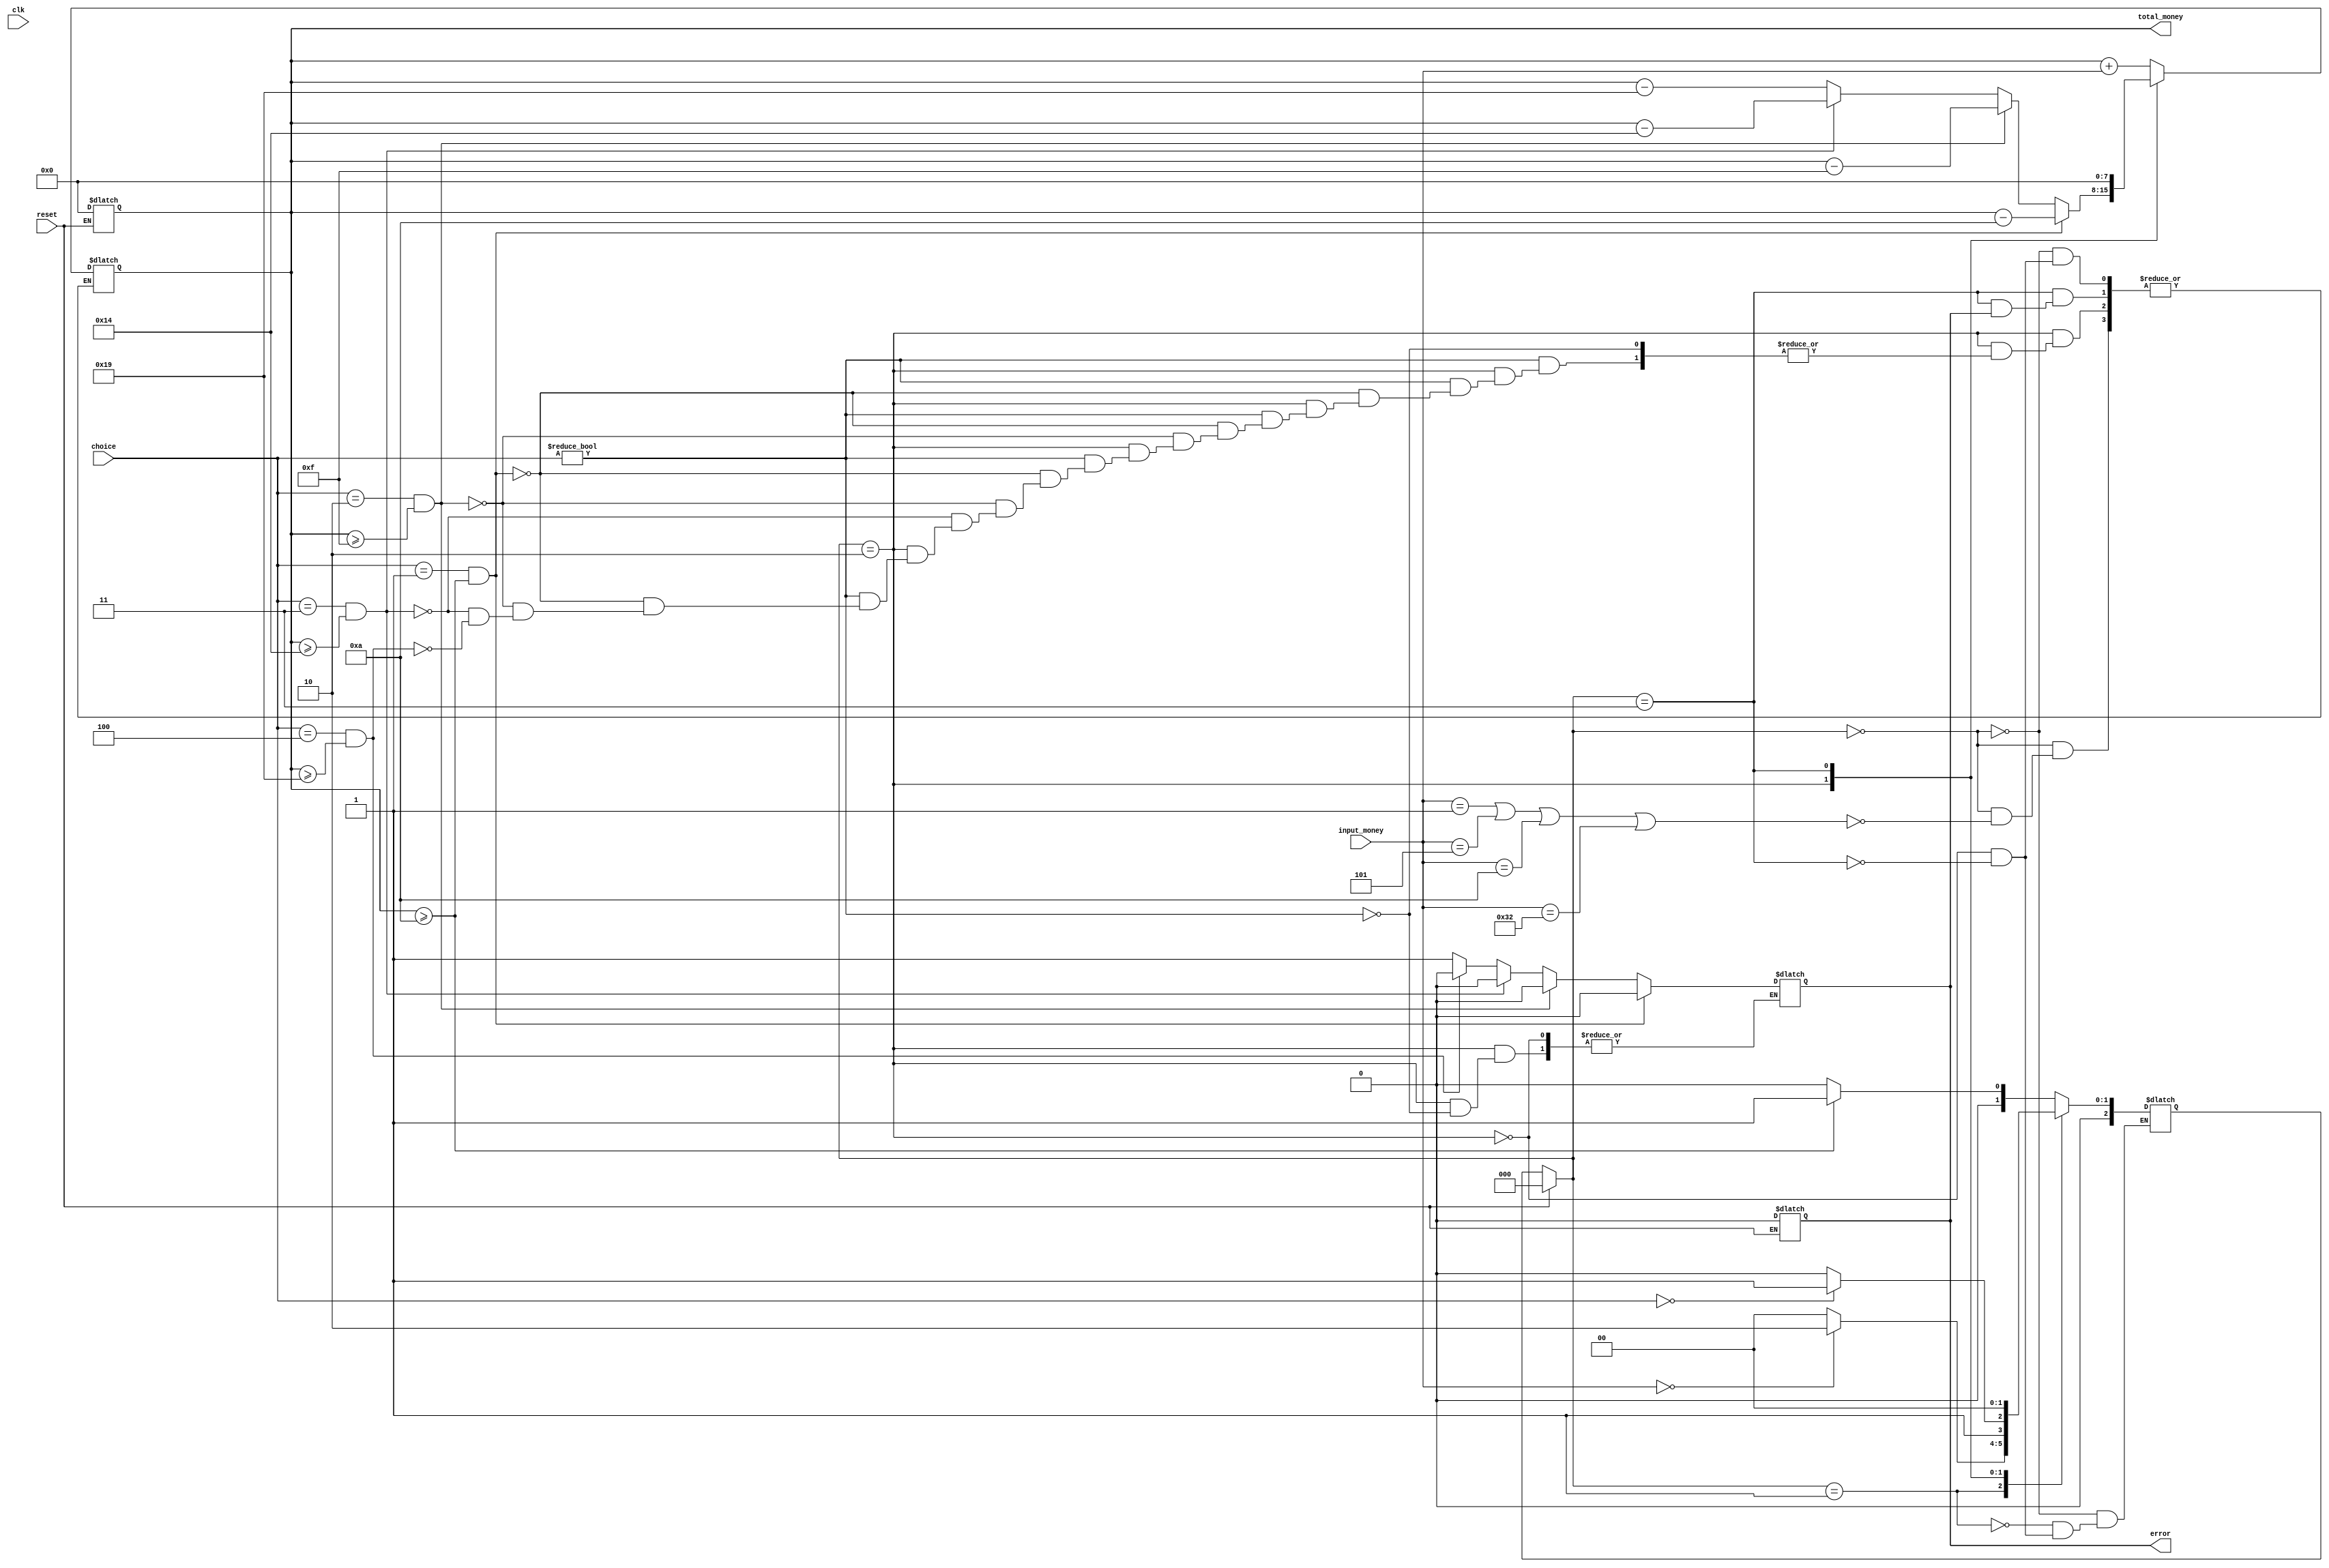
module Vending( clk, reset, input_money, choice, total_money, error ) ;

input clk, reset;
input [7:0] input_money ;
input [2:0] choice ;
output [7:0] total_money ;
output error ;

reg [7:0] money ;
reg [2:0] state ;
reg [2:0] next_state ;
reg [7:0] total_money ;
reg error ;
parameter S0 = 0, S1 = 1, S2 = 2, S3 = 3 ;

always @ ( clk or reset )
begin
  if ( reset )
  begin
	state = S0 ;
	total_money = 0 ;
	error = 0 ;
  end
  
  else
	  state = next_state ;
end

always @ ( state or input_money or choice )
begin
	case( state )
		S0:
		begin
			if( input_money == 1 || input_money == 5 || input_money == 10 || input_money == 50 )
			begin
				total_money = total_money + input_money ;
        
				if( total_money < 10 && total_money > 0 )     // lowest price
					$display( "coin: %d,	total %d dollars", input_money, total_money ) ;
			end
			
			else if( input_money != 0 )
				$display( "error coin: %d", input_money ) ;

		end
		
		S1:
		begin
			if( total_money >= 25 && input_money != 0 )
				$display( "coin: %d,	total %d dollars	tea | coke | coffee | milk", input_money , total_money ) ;
			else if( total_money >= 20 && input_money != 0 )
				$display( "coin: %d,	total %d dollars	tea | coke | coffee", input_money , total_money ) ;
			else if( total_money >= 15 && input_money != 0 )
				$display( "coin: %d,	total %d dollars	tea | coke", input_money , total_money ) ;
			else if( total_money >= 10 && input_money != 0 )
				$display( "coin: %d,	total %d dollars	tea", input_money , total_money ) ;
		end
		
		S2:
		begin
			if( choice != 0 )
			begin
				if( choice == 1 && total_money >= 10 )
				begin
					total_money = total_money - 10 ;
					$display( "tea out" ) ;
					error = 0 ;
				end
				
				else if( choice == 2 && total_money >= 15 )
				begin
					total_money = total_money - 15 ;
					$display( "coke out" ) ;
					error = 0 ;
				end
				
				else if( choice == 3 && total_money >= 20 )
				begin
					total_money = total_money - 20 ;
					$display( "coffee out" ) ;
					error = 0 ;
				end
				
				else if( choice == 4 && total_money >= 25 )
				begin
					total_money = total_money - 25 ;
					$display( "milk out" ) ;
					error = 0 ;
				end
				
				else
				begin
					if( total_money >= 25 )
						$display( "Not enough money		total %d dollars	tea | coke | coffee | milk", total_money ) ;
					else if( total_money >= 20 )
						$display( "Not enough money		total %d dollars	tea | coke | coffee", total_money ) ;
					else if( total_money >= 15 )
						$display( "Not enough money		total %d dollars	tea | coke", total_money ) ;
					else if( total_money >= 10 )
						$display( "Not enough money		total %d dollars	tea", total_money ) ;
					error = 1 ;
				end
			end
		end
		
		S3:
		begin
			if( error == 0 )
			begin
				$display( "exchange %d dollars\n", total_money ) ;
				total_money = 0 ;
			end
		end
	endcase
		
end

always @ ( state or input_money or choice )		// change state
begin
	case( state )
		S0:
		begin
			if( total_money >= 10 )
				next_state = S1 ;
			else
				next_state = S0 ;
		end

		S1:
		begin
			if( input_money == 0 )
				next_state = S2 ;     // input end
			else
				next_state = S0 ;     // keep reading input
		end

		S2:
		begin
			if( choice == 0 )
				next_state = S3 ;     // choose end		
			else
				next_state = S2 ;     // read choose
		end

		S3:
		begin
			next_state = S0 ;     // next step
		end
	endcase
end

endmodule